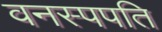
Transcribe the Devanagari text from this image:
वनस्पपति